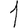
Digit: 1